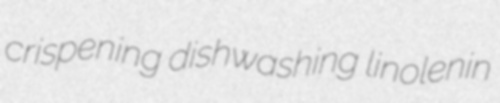
crispening dishwashing linolenin